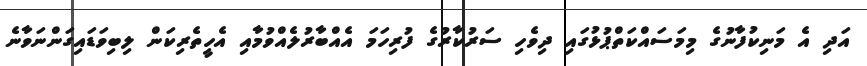
އަދި އެ މަނިކުފާނުގެ މިމަސައްކަތްޕުޅުގައި ދިވެހި ސަރުކާރުގެ ފުރިހަމަ އެއްބާރުލެއްވުމާއި އެހީތެރިކަން ލިބިވަޑައިގަންނަވާނެ